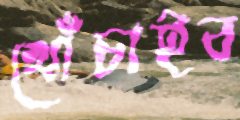
খোঁচাইব